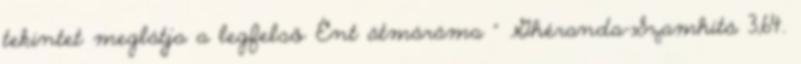
tekintet meglátja a legfelső Ént átmáráma " Ghéranda-Szamhitá 3,64.